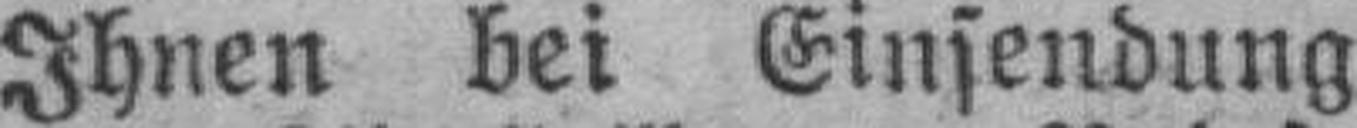
Ihnen bei Einsendung